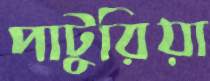
পাটুরিয়া